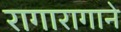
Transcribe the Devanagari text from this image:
रागारागाने